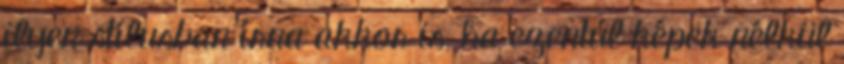
ilyen stí­lusban í­rna akkor is, ha ezentúl képek nélkül